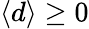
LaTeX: \langle d\rangle\geq 0